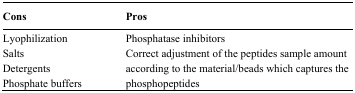
| Cons | Pros |
 | --- | --- |
 | Lyophilization | Phosphatase inhibitors |
 | Salts | <ROWSPAN=3> Correct adjustment of the peptides sample amount according to the material/beads which captures the phosphopeptides |
 | Detergents |
 | Phosphate buffers |